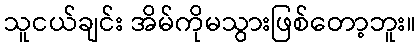
သူငယ်ချင်း အိမ်ကိုမသွားဖြစ်တော့ဘူး။